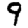
Digit: 9